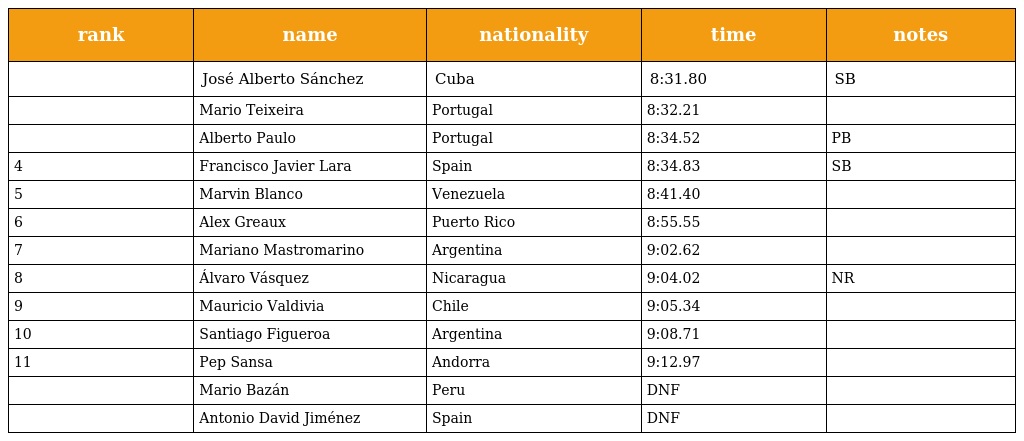
| rank | name | nationality | time | notes |
 | --- | --- | --- | --- | --- |
 |  | José Alberto Sánchez | Cuba | 8:31.80 | SB |
 |  | Mario Teixeira | Portugal | 8:32.21 |  |
 |  | Alberto Paulo | Portugal | 8:34.52 | PB |
 | 4 | Francisco Javier Lara | Spain | 8:34.83 | SB |
 | 5 | Marvin Blanco | Venezuela | 8:41.40 |  |
 | 6 | Alex Greaux | Puerto Rico | 8:55.55 |  |
 | 7 | Mariano Mastromarino | Argentina | 9:02.62 |  |
 | 8 | Álvaro Vásquez | Nicaragua | 9:04.02 | NR |
 | 9 | Mauricio Valdivia | Chile | 9:05.34 |  |
 | 10 | Santiago Figueroa | Argentina | 9:08.71 |  |
 | 11 | Pep Sansa | Andorra | 9:12.97 |  |
 |  | Mario Bazán | Peru | DNF |  |
 |  | Antonio David Jiménez | Spain | DNF |  |